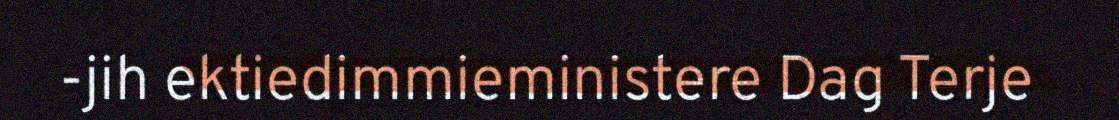
-jih ektiedimmieministere Dag Terje